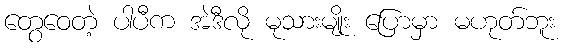
တွေဝေတဲ့ ပါပီက အဲဒီလို မုသားမျိုး ပြောမှာ မဟုတ်ဘူး